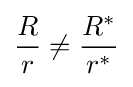
{\frac {R}{r}}\neq {\frac {R^{*}}{r^{*}}}